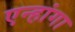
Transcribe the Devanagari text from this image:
एन्हांगा